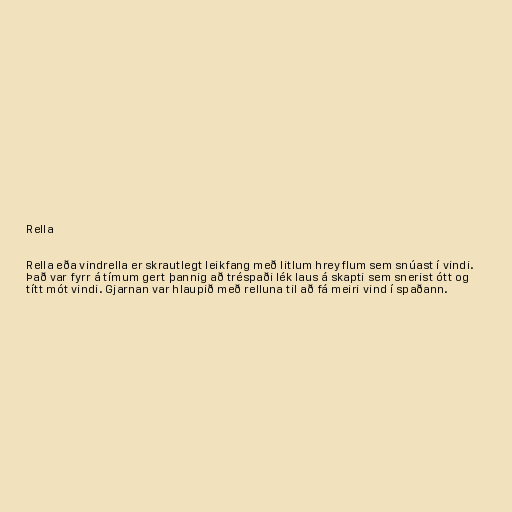
Rella

Rella eða vindrella er skrautlegt leikfang með litlum hreyflum sem snúast í vindi.
Það var fyrr á tímum gert þannig að tréspaði lék laus á skapti sem snerist ótt og
títt mót vindi. Gjarnan var hlaupið með relluna til að fá meiri vind í spaðann.